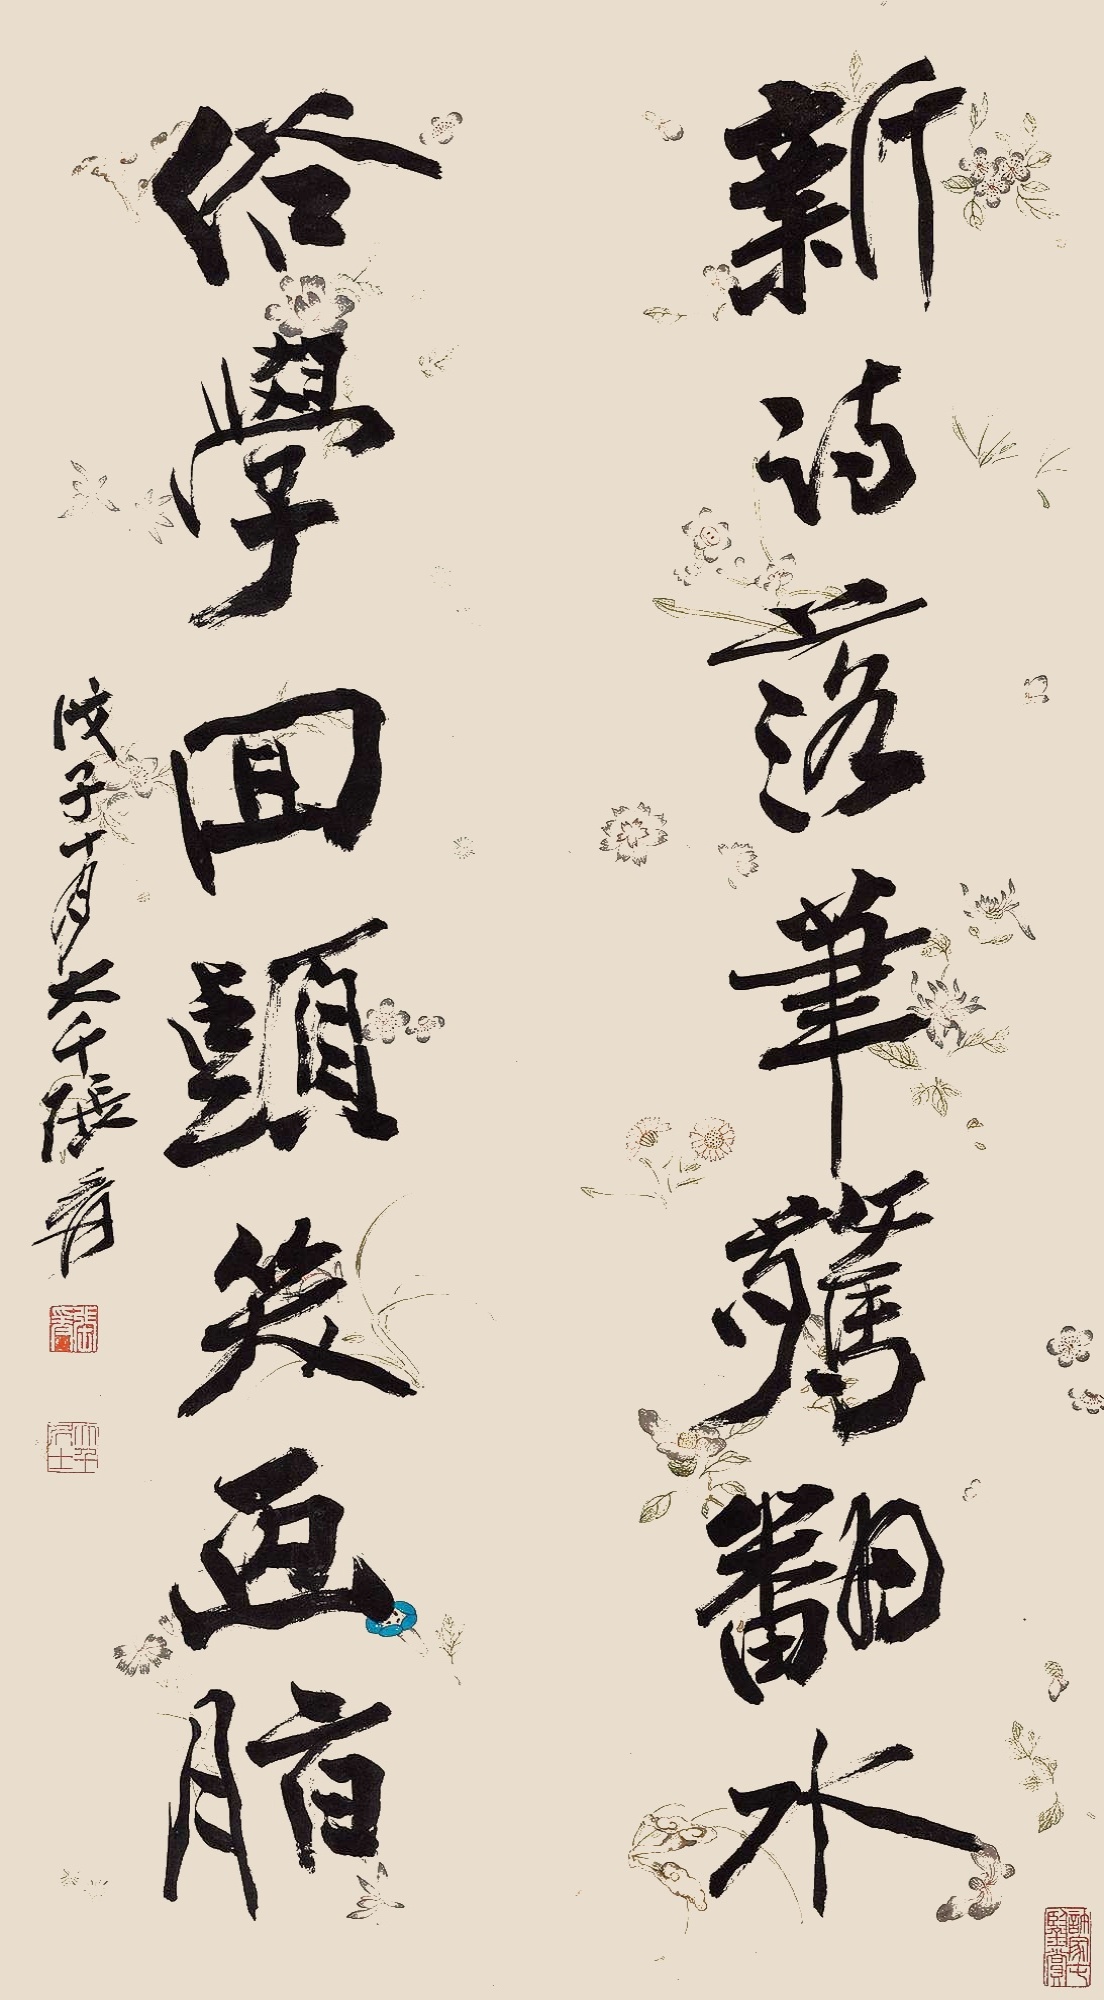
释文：新诗落笔惊翻水，俗学回头笑画脂。戊子十月大千张爰。